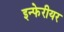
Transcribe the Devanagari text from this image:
इन्फेरीयर